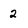
Character: 2